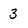
Character: 3